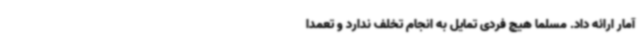
آمار ارائه داد. مسلما هیچ فردی تمایل به انجام تخلف ندارد و تعمداً